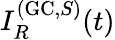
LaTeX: I_{R}^{(\mathrm{GC},S)}(t)